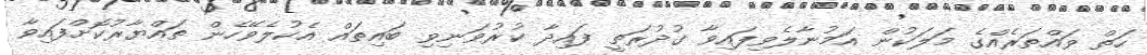
ހަތް ވައްތަރެއްގެ މަލަކުން އަމުނާލެވިފައިވާ ގުދުރަތީ ފައިދާ ކުރުވަނިވި ބައިތައް އެކުލެވޭހެން ތައްޔާރުކޮށްފައިވާ